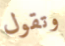
وتقول